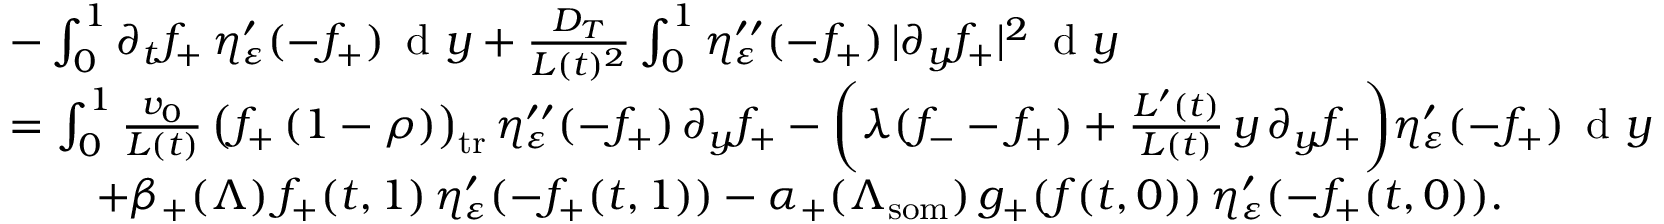
\begin{array} { r l } & { - \int _ { 0 } ^ { 1 } \partial _ { t } f _ { + } \, \eta _ { \varepsilon } ^ { \prime } ( - f _ { + } ) \, \textup { d } y + \frac { D _ { T } } { L ( t ) ^ { 2 } } \int _ { 0 } ^ { 1 } \eta _ { \varepsilon } ^ { \prime \prime } ( - f _ { + } ) \, | \partial _ { y } f _ { + } | ^ { 2 } \, \textup { d } y } \\ & { = \int _ { 0 } ^ { 1 } \frac { v _ { 0 } } { L ( t ) } \, \bigl ( f _ { + } \, ( 1 - \rho ) \bigr ) _ { \mathrm { t r } } \, \eta _ { \varepsilon } ^ { \prime \prime } ( - f _ { + } ) \, \partial _ { y } f _ { + } - \biggl ( \lambda ( f _ { - } - f _ { + } ) + \frac { L ^ { \prime } ( t ) } { L ( t ) } \, y \, \partial _ { y } f _ { + } \biggr ) \eta _ { \varepsilon } ^ { \prime } ( - f _ { + } ) \, \textup { d } y } \\ & { \qquad + \beta _ { + } ( \Lambda ) \, f _ { + } ( t , 1 ) \, \eta _ { \varepsilon } ^ { \prime } ( - f _ { + } ( t , 1 ) ) - \alpha _ { + } ( \Lambda _ { \mathrm { s o m } } ) \, g _ { + } ( \boldsymbol { f } ( t , 0 ) ) \, \eta _ { \varepsilon } ^ { \prime } ( - f _ { + } ( t , 0 ) ) . } \end{array}